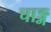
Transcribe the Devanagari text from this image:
चाङ्ग